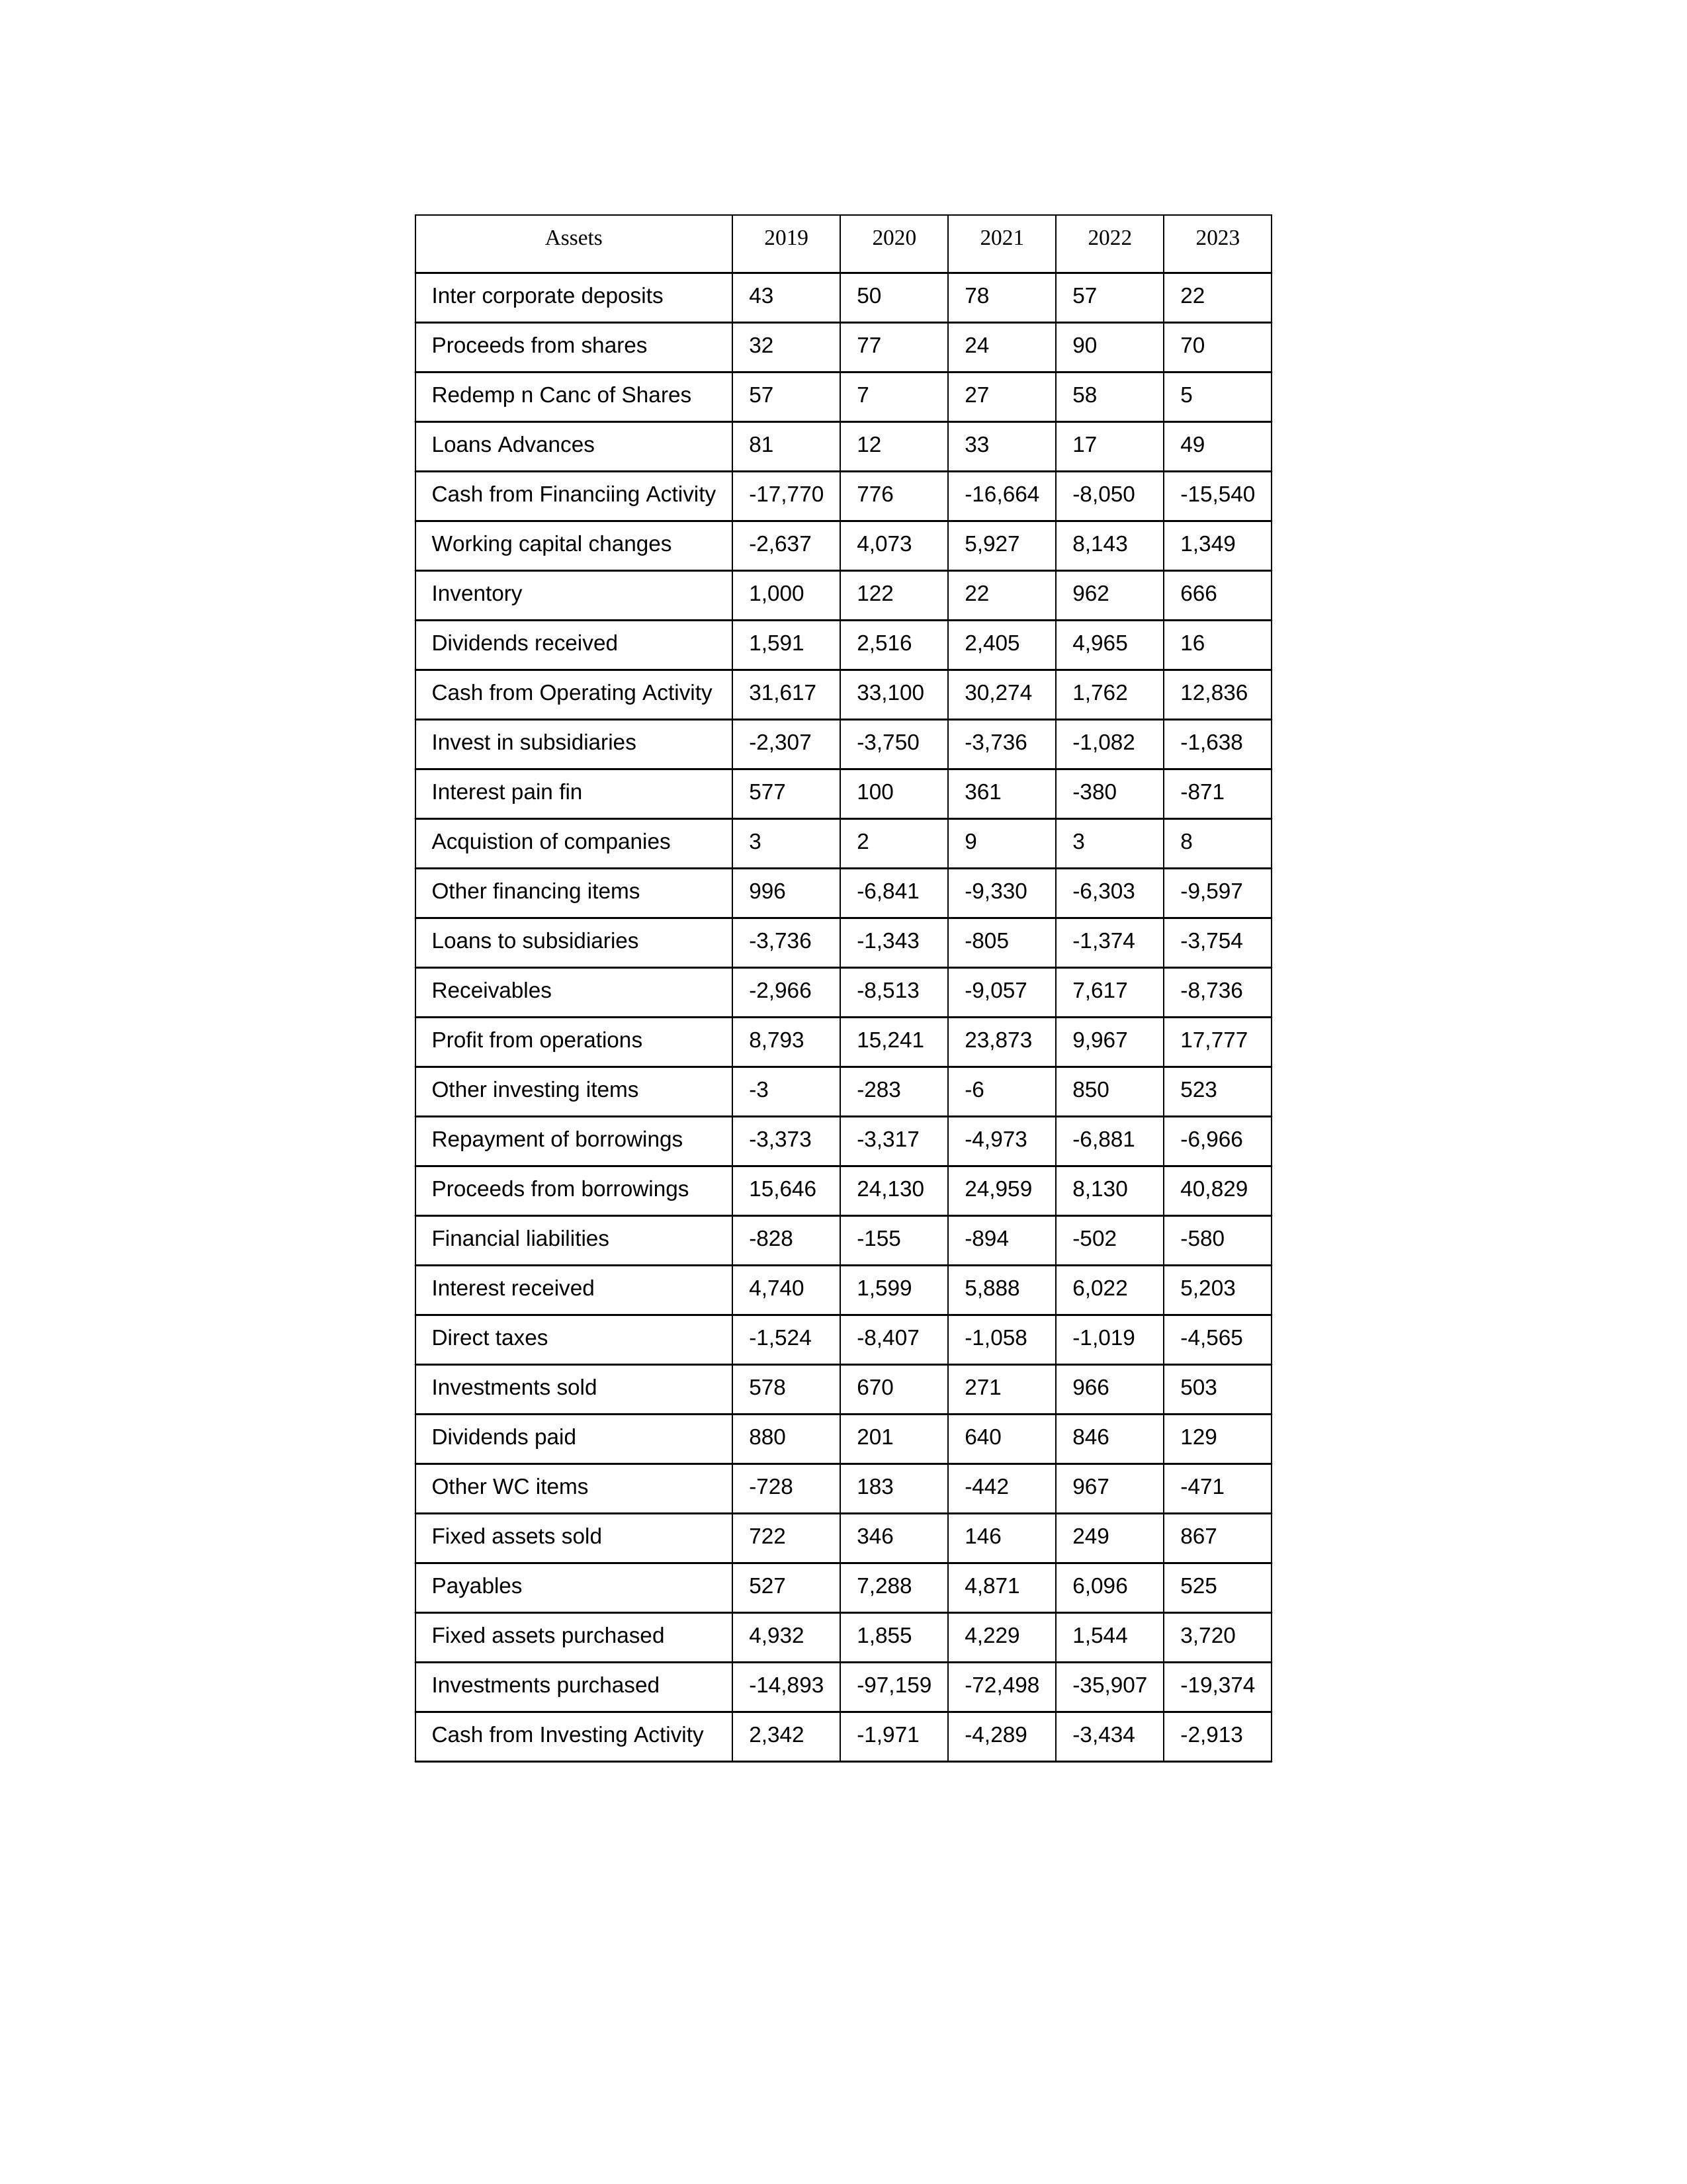
gt_parse: 2019: Cash from Operating Activity: 31,617
Profit from operations: 8,793
Receivables: -2,966
Inventory: 1,000
Payables: 527
Loans Advances: 81
Other WC items: -728
Working capital changes: -2,637
Direct taxes: -1,524
Cash from Investing Activity: 2,342
Fixed assets purchased: 4,932
Fixed assets sold: 722
Investments purchased: -14,893
Investments sold: 578
Interest received: 4,740
Dividends received: 1,591
Invest in subsidiaries: -2,307
Loans to subsidiaries: -3,736
Redemp n Canc of Shares: 57
Acquistion of companies: 3
Inter corporate deposits: 43
Other investing items: -3
Cash from Financiing Activity: -17,770
Proceeds from shares: 32
Proceeds from borrowings: 15,646
Repayment of borrowings: -3,373
Interest pain fin: 577
Dividends paid: 880
Financial liabilities: -828
Other financing items: 996
2020: Cash from Operating Activity: 33,100
Profit from operations: 15,241
Receivables: -8,513
Inventory: 122
Payables: 7,288
Loans Advances: 12
Other WC items: 183
Working capital changes: 4,073
Direct taxes: -8,407
Cash from Investing Activity: -1,971
Fixed assets purchased: 1,855
Fixed assets sold: 346
Investments purchased: -97,159
Investments sold: 670
Interest received: 1,599
Dividends received: 2,516
Invest in subsidiaries: -3,750
Loans to subsidiaries: -1,343
Redemp n Canc of Shares: 7
Acquistion of companies: 2
Inter corporate deposits: 50
Other investing items: -283
Cash from Financiing Activity: 776
Proceeds from shares: 77
Proceeds from borrowings: 24,130
Repayment of borrowings: -3,317
Interest pain fin: 100
Dividends paid: 201
Financial liabilities: -155
Other financing items: -6,841
2021: Cash from Operating Activity: 30,274
Profit from operations: 23,873
Receivables: -9,057
Inventory: 22
Payables: 4,871
Loans Advances: 33
Other WC items: -442
Working capital changes: 5,927
Direct taxes: -1,058
Cash from Investing Activity: -4,289
Fixed assets purchased: 4,229
Fixed assets sold: 146
Investments purchased: -72,498
Investments sold: 271
Interest received: 5,888
Dividends received: 2,405
Invest in subsidiaries: -3,736
Loans to subsidiaries: -805
Redemp n Canc of Shares: 27
Acquistion of companies: 9
Inter corporate deposits: 78
Other investing items: -6
Cash from Financiing Activity: -16,664
Proceeds from shares: 24
Proceeds from borrowings: 24,959
Repayment of borrowings: -4,973
Interest pain fin: 361
Dividends paid: 640
Financial liabilities: -894
Other financing items: -9,330
2022: Cash from Operating Activity: 1,762
Profit from operations: 9,967
Receivables: 7,617
Inventory: 962
Payables: 6,096
Loans Advances: 17
Other WC items: 967
Working capital changes: 8,143
Direct taxes: -1,019
Cash from Investing Activity: -3,434
Fixed assets purchased: 1,544
Fixed assets sold: 249
Investments purchased: -35,907
Investments sold: 966
Interest received: 6,022
Dividends received: 4,965
Invest in subsidiaries: -1,082
Loans to subsidiaries: -1,374
Redemp n Canc of Shares: 58
Acquistion of companies: 3
Inter corporate deposits: 57
Other investing items: 850
Cash from Financiing Activity: -8,050
Proceeds from shares: 90
Proceeds from borrowings: 8,130
Repayment of borrowings: -6,881
Interest pain fin: -380
Dividends paid: 846
Financial liabilities: -502
Other financing items: -6,303
2023: Cash from Operating Activity: 12,836
Profit from operations: 17,777
Receivables: -8,736
Inventory: 666
Payables: 525
Loans Advances: 49
Other WC items: -471
Working capital changes: 1,349
Direct taxes: -4,565
Cash from Investing Activity: -2,913
Fixed assets purchased: 3,720
Fixed assets sold: 867
Investments purchased: -19,374
Investments sold: 503
Interest received: 5,203
Dividends received: 16
Invest in subsidiaries: -1,638
Loans to subsidiaries: -3,754
Redemp n Canc of Shares: 5
Acquistion of companies: 8
Inter corporate deposits: 22
Other investing items: 523
Cash from Financiing Activity: -15,540
Proceeds from shares: 70
Proceeds from borrowings: 40,829
Repayment of borrowings: -6,966
Interest pain fin: -871
Dividends paid: 129
Financial liabilities: -580
Other financing items: -9,597